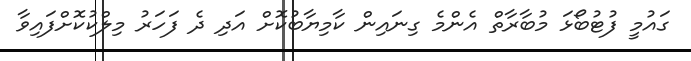
ގައުމީ ފުޓުބޯޅަ މުބާރާތް އެންމެ ގިނައިން ކާމިޔާބުކޮށް އަދި ދެ ފަހަރު މިލްކުކޮށްފައިވާ